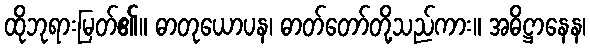
ထိုဘုရားမြတ်၏။ ဓာတုယောပန၊ ဓာတ်တော်တို့သည်ကား။ အဓိဋ္ဌာနေန၊